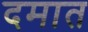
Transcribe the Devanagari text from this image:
दमात